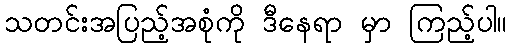
သတင်းအပြည့်အစုံကို ဒီနေရာ မှာ ကြည့်ပါ။